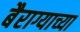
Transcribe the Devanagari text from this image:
बैराग्याच्या